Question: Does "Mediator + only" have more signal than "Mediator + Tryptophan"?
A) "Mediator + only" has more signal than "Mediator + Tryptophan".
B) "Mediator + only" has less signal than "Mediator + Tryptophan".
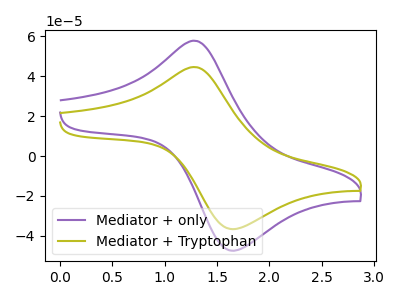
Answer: <think>The purple curve "Mediator + only" has an anodic peak at (1.30V, 57.85uA) and a cathodic peak at (1.65V, -47.30uA). The olive curve "Mediator + Tryptophan" has an anodic peak at (1.30V, 44.65uA) and a cathodic peak at (1.65V, -36.55uA).
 All the peaks in "Mediator + only" have a peak in "Mediator + Tryptophan" at the same potential. Every peak in "Mediator + only" is higher than every peak in "Mediator + Tryptophan".</think>
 <answer>A) "Mediator + only" has more signal than "Mediator + Tryptophan".</answer>
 <eval>A</eval>